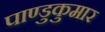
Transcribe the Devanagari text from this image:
पाण्डुकुमार